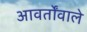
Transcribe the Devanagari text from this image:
आवर्तोंवाले